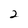
Character: 2